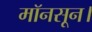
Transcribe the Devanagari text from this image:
मॉनसून।